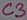
Text: C3